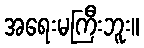
အရေးမကြီးဘူး။